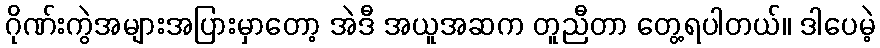
ဂိုဏ်းကွဲအများအပြားမှာတော့ အဲဒီ အယူအဆက တူညီတာ တွေ့ရပါတယ်။ ဒါပေမဲ့